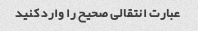
عبارت انتقالی صحیح را وارد کنید